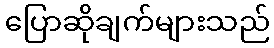
ပြောဆိုချက်များသည်